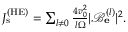
\begin{array} { r } { J _ { \mathrm { s } } ^ { \mathrm { ( H E ) } } = \sum _ { l \neq 0 } \frac { 4 v _ { 0 } ^ { 2 } } { l \Omega } | \mathcal { B } _ { \bf e } ^ { ( l ) } | ^ { 2 } . } \end{array}